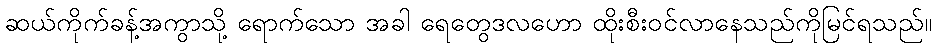
ဆယ်ကိုက်ခန့်အကွာသို့ ရောက်သော အခါ ရေတွေဒလဟော ထိုးစီးဝင်လာနေသည်ကိုမြင်ရသည်။